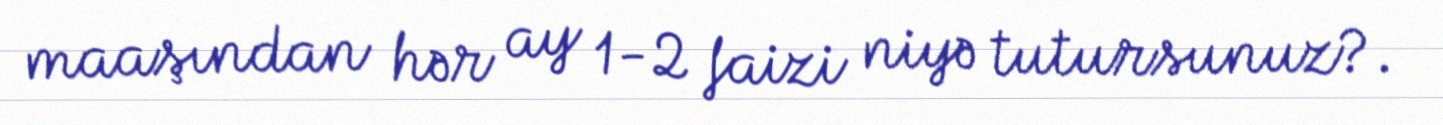
maaşından hər ay 1-2 faizi niyə tutursunuz?.